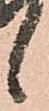
候